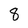
Character: 8